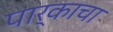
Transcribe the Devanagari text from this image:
पार्काचा